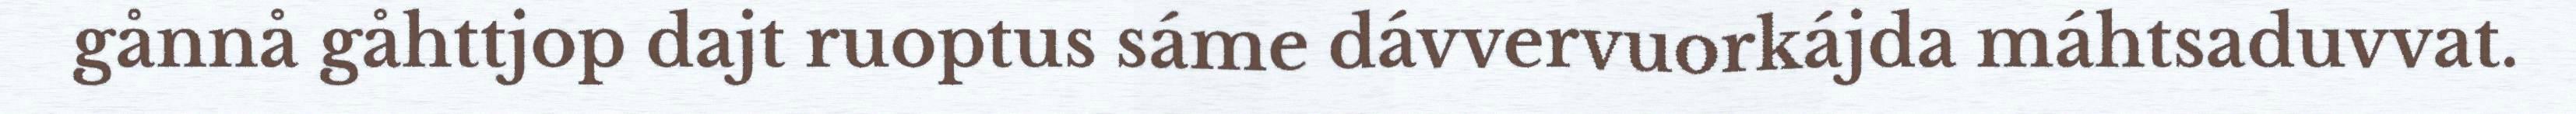
gånnå gåhttjop dajt ruoptus sáme dávvervuorkájda máhtsaduvvat.